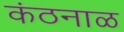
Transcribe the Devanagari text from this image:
कंठनाळ